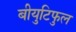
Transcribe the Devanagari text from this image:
बीयुटिफुल